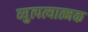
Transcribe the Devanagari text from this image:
व्युत्पत्यात्मक